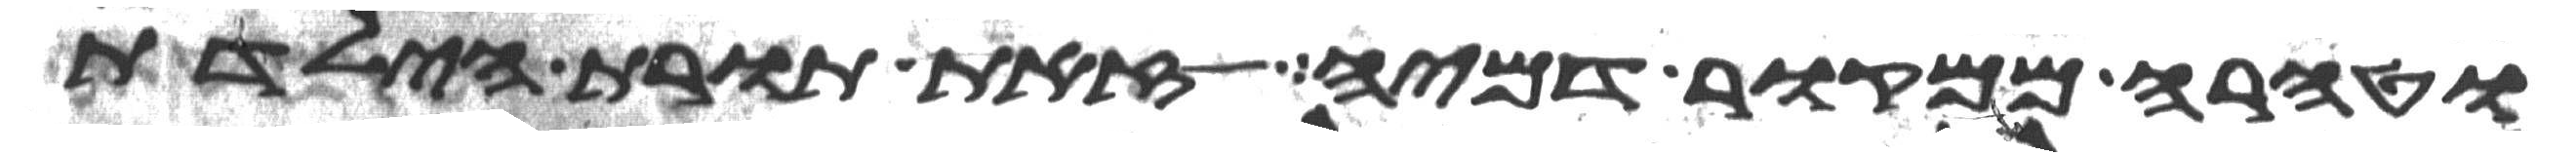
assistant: וטהרה ממקור דמיה זאת תורת הילדת